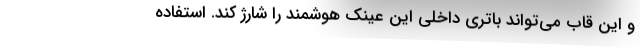
و این قاب می‌تواند باتری داخلی این عینک هوشمند را شارژ کند. استفاده